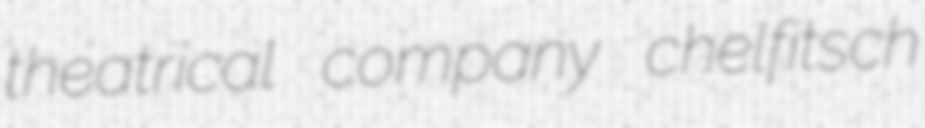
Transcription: theatrical company chelfitsch